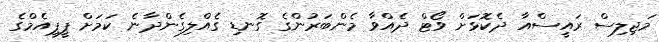
މަޖިލިސް ރައީސްއާ ދެކޮޅަށް ވޯޓް ދެއްވާ މެންބަރުންގެ ގޮނޑި ގެއްލިގެންދާނެ ކަމަށް ޕީޕީއެމްގެ